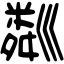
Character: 𥻘